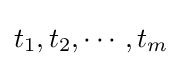
t_{1},t_{2},\cdots ,t_{m}